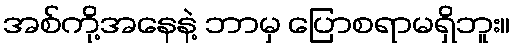
အစ်ကို့အနေနဲ့ ဘာမှ ပြောစရာမရှိဘူး။